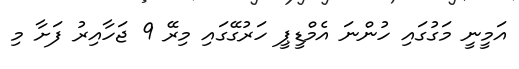
އަމީނީ މަގުގައި ހުންނަ އެމްޑީޕީ ހަރުގޭގައި މިރޭ 9 ޖަހާއިރު ފަށާ މި